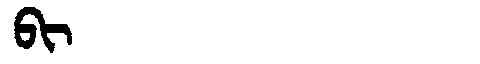
Manchu: ᠪᡳ
Romanization: BI